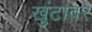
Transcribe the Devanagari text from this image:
खुंटावर